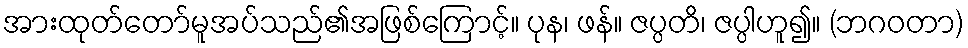
အားထုတ်တော်မူအပ်သည်၏အဖြစ်ကြောင့်။ ပုန၊ ဖန်။ ဇပ္ပတိ၊ ဇပ္ပါဟူ၍။ (ဘဂဝတာ)